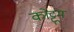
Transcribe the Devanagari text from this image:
कोट्टूम